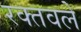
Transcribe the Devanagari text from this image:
रक्तवले